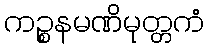
ကဉ္စနမဏိမုတ္တကံ